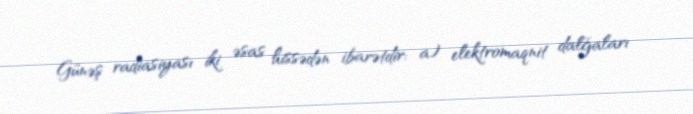
Günəş radiasiyası iki əsas hissədən ibarətdir: a) elektromaqnit dalğaları